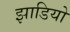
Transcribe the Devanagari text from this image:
झाडियो